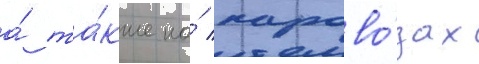
а́ та́кже на́ парово́зах